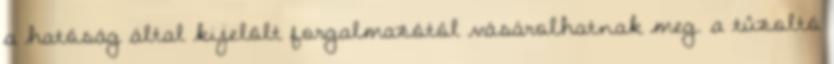
a hatóság által kijelölt forgalmazótól vásárolhatnak meg. a tûzoltó